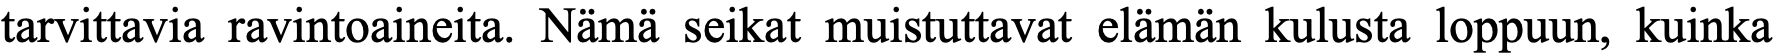
tarvittavia ravintoaineita. Nämä seikat muistuttavat elämän kulusta loppuun, kuinka